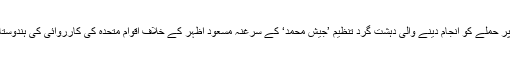
پاکستانی خفیہ ایجنسی کی سرپرستی میں پٹھان کوٹ ایئر بیس پر حملے کو انجام دینے والی دہشت گرد تنظیم ’جیش محمد‘ کے سرغنہ مسعود اظہر کے خلاف اقوام متحدہ کی کارروائی کی ہندوستانی تجویز پر چین نے ویٹو کیوںلگایا، اس کی وجہ واضح ہے۔